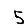
Digit: 5